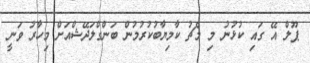
ޕޫލް އޭ ގައި ކުޅުނު މި މެޗު ކާމިޔާބުކުރުމުން ބަންގްލަދޭޝްއަށް މިހާރު ވަނީ